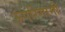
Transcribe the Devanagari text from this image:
ऊपरिगामी